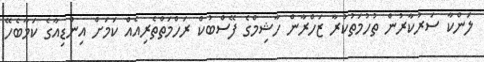
ލަންކާ ސަރުކާރުން ތުހުމަތުކުރާ ޒަހްރާން ހާޝިމްގެ ފޭސްބުކް ރަހްމަތްތެރިއެއް ކަމަށް އިންޑިއާގެ ކަމާބެހޭ